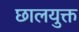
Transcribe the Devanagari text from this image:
छालयुक्त